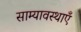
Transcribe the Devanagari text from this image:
साम्यावस्थाएँ